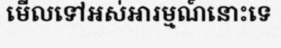
មើលទៅអស់អារម្មណ៍នោះទេ